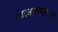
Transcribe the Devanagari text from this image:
शास्त्रज्ञपदावर